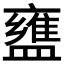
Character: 𬐷